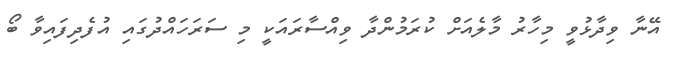
އޭނާ ވިދާޅުވީ މިހާރު މާލެއަށް ކުރަމުންދާ ވިއްސާރައަކީ މި ސަރަހައްދުގައި އުފެދިފައިވާ ބޯ